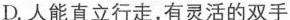
D.人能直立行走，有灵活的双手